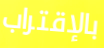
بالإقتراب